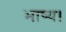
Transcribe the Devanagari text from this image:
भाष्य।